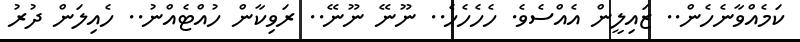
ކަމެއްވާނެހެން.. ޒައިލީން އެއްސެވެ. ހެހެހެހެ.. ނޫނޭ ނޫނޭ.. ރަވިކާން ހުއްޓެއްނު.. ހެއިލަން ދުރު